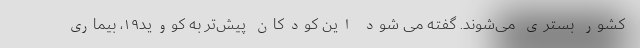
کشور بستری می‌شوند. گفته می شود این کودکان پیش‌تر به کووید۱۹، بیماری